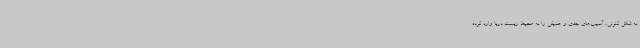
به شکل کنونی، آسیب‌های جدی و عمیقی را به محیط زیست دریا وارد کرده